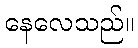
နေလေသည်။